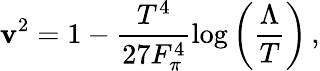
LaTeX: \mathbf{v}^{2}=1-\frac{{T^{4}}}{{27F_{\pi}^{4}}}\log\left(\frac{{\Lambda}}{{T}}\right)\, ,